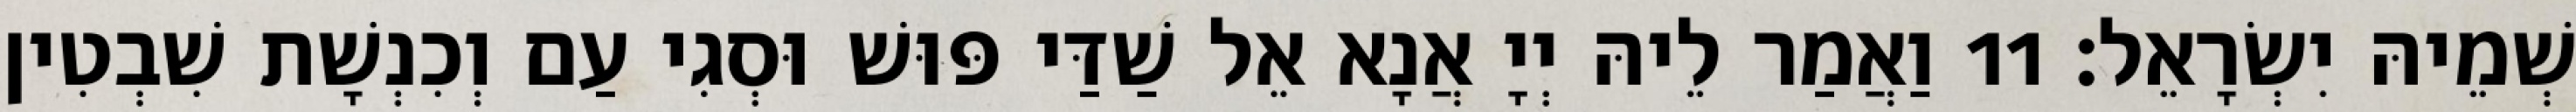
שְׁמֵיהּ יִשְׂרָאֵל׃ 11 וַאֲמַר לֵיהּ יְיָ אֲנָא אֵל שַׁדַּי פּוּשׁ וּסְגִי עַם וְכִנְשָׁת שִׁבְטִין